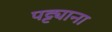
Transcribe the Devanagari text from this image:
पट्ट्याना